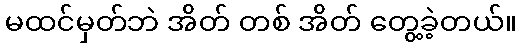
မထင်မှတ်ဘဲ အိတ် တစ် အိတ် တွေ့ခဲ့တယ်။